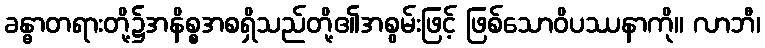
ခန္ဓာတရားတို့၌အနိစ္စအစရှိသည်တို့၏အစွမ်းဖြင့် ဖြစ်သောဝိပဿနာကို။ လာဘီ၊